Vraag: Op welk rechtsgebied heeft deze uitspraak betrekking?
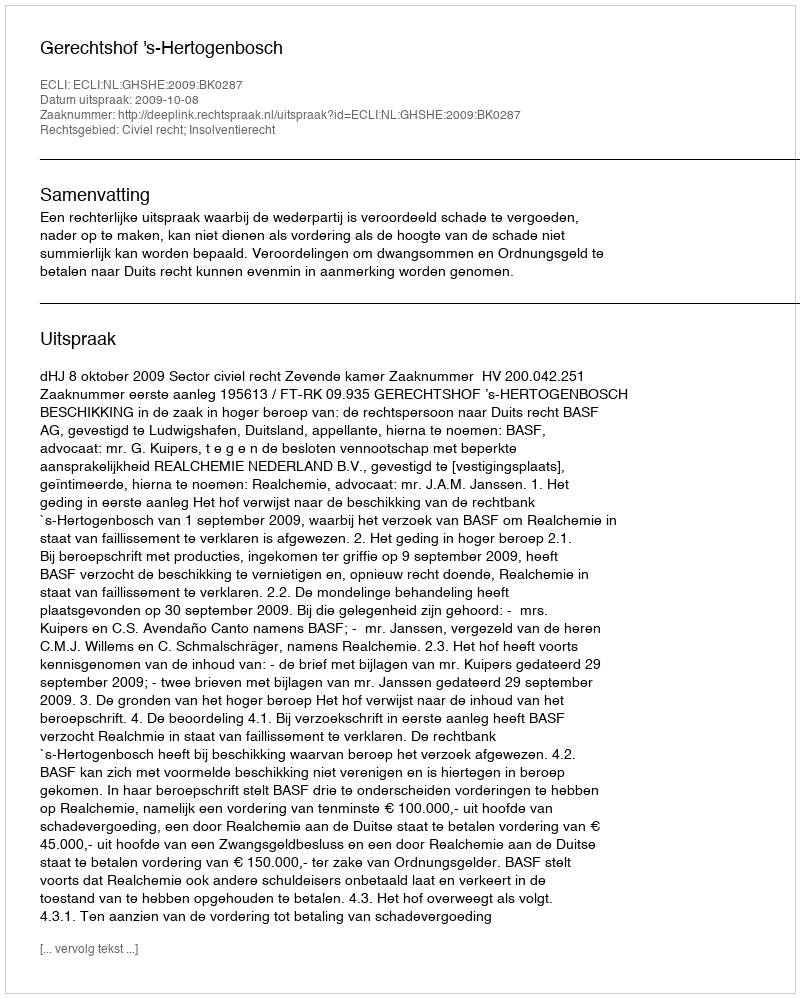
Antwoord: Civiel recht; Insolventierecht